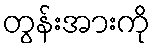
တွန်းအားကို